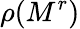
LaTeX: \rho(M^{r})